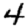
Digit: 4